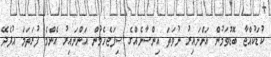
ކުޑަކުއްޖާ ބޮޑުވަމުން އަންނައިރު ނުވަތަ އިންސާނެއްގެ ސިފަޖެހެމުން އަންނައިރު އެންމެ ފުރަތަމަ އުފެދޭ